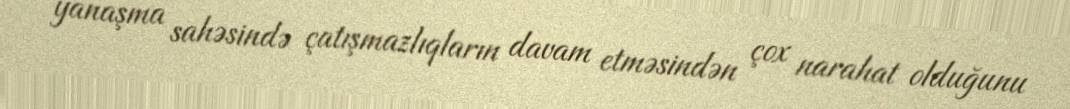
yanaşma sahəsində çatışmazlıqların davam etməsindən çox narahat olduğunu